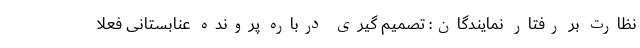
نظارت بر رفتار نمایندگان: تصمیم گیری درباره پرونده عنابستانی فعلا